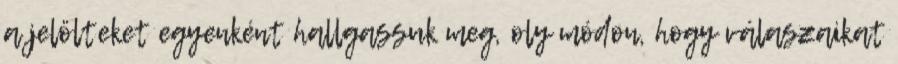
a jelölteket egyenként hallgassuk meg, oly módon, hogy válaszaikat